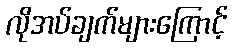
လိုအပ်ချက်များကြောင့်